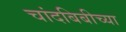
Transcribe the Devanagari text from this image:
चांदबिबीच्या